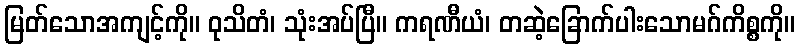
မြတ်သောအကျင့်ကို။ ဝုသိတံ၊ သုံးအပ်ပြီ။ ကရဏီယံ၊ တဆဲ့ခြောက်ပါးသောမဂ်ကိစ္စကို။